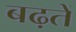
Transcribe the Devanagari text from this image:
बढ़तें